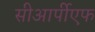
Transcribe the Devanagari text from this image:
सीआर्पीएफ